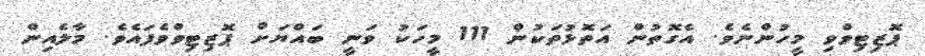
ޕޮޒިޓިވްވި މީހުންނެވެ. އެގޮތުން އަތޮޅުތަކުން 111 މީހަކު ވަނީ ބައްޔަށް ޕޮޒިޓިވްވެފައެވެ. މާލެއިން